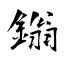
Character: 鎓